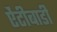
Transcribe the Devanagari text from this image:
ऐंटीबाडी